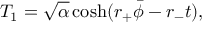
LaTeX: T _ { 1 } = \sqrt { \alpha } \cosh ( r _ { + } \bar { \phi } - r _ { - } t ) ,